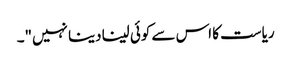
ریاست کا اس سے کوئی لینا دینا نہیں"۔